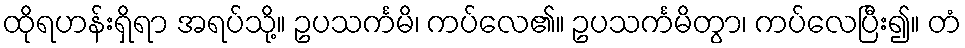
ထိုရဟန်းရှိရာ အရပ်သို့။ ဥပသင်္ကမိ၊ ကပ်လေ၏။ ဥပသင်္ကမိတွာ၊ ကပ်လေပြီး၍။ တံ